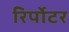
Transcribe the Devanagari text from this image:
रिर्पोटर